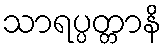
သာရပ္ပတ္တာနိ